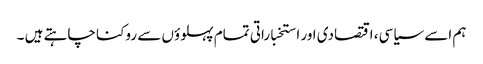
ہم اسے سیاسی، اقتصادی اور استخباراتی تمام پہلوؤں سے روکنا چاہتے ہیں ۔